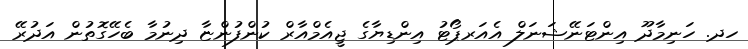
ހދ. ހަނިމާދޫ އިންޓަނޭޝަނަލް އެއަރޕޯޓު އިންޑިޔާގެ ޖީއެމްއާރް ކުންފުންޏާ ދިނުމާ ބެހޭގޮތުން އަދުރޭ